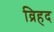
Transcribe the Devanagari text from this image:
व्रिहद